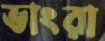
ভাংরা